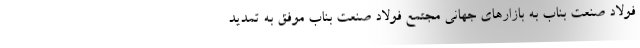
فولاد صنعت بناب به بازارهاي جهاني مجتمع فولاد صنعت بناب موفق به تمديد